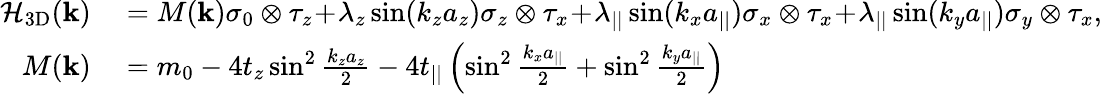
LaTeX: \begin{array}{rl}{{\cal H}_{\mathrm{3D}}({\mathbf k})}&{{}=M({\mathbf k})\sigma_{0}\otimes\tau_{z}\! +\! \lambda_{z}\sin(k_{z}a_{z})\sigma_{z}\otimes\tau_{x}\! +\! \lambda_{||}\sin(k_{x}a_{||})\sigma_{x}\otimes\tau_{x}\! +\! \lambda_{||}\sin(k_{y}a_{||})\sigma_{y}\otimes\tau_{x},}\\ {M({\mathbf k})}&{{}=m_{0}-4t_{z}\sin^{2}\frac{k_{z}a_{z}}{2}-4t_{||}\left(\sin^{2}\frac{k_{x}a_{||}}{2}+\sin^{2}\frac{k_{y}a_{||}}{2}\right)}\end{array}